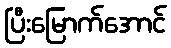
ပြီးမြောက်အောင်